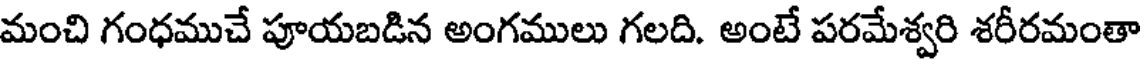
మంచి గంధముచే పూయబడిన అంగములు గలది. అంటే పరమేశ్వరి శరీరమంతా